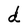
Character: d